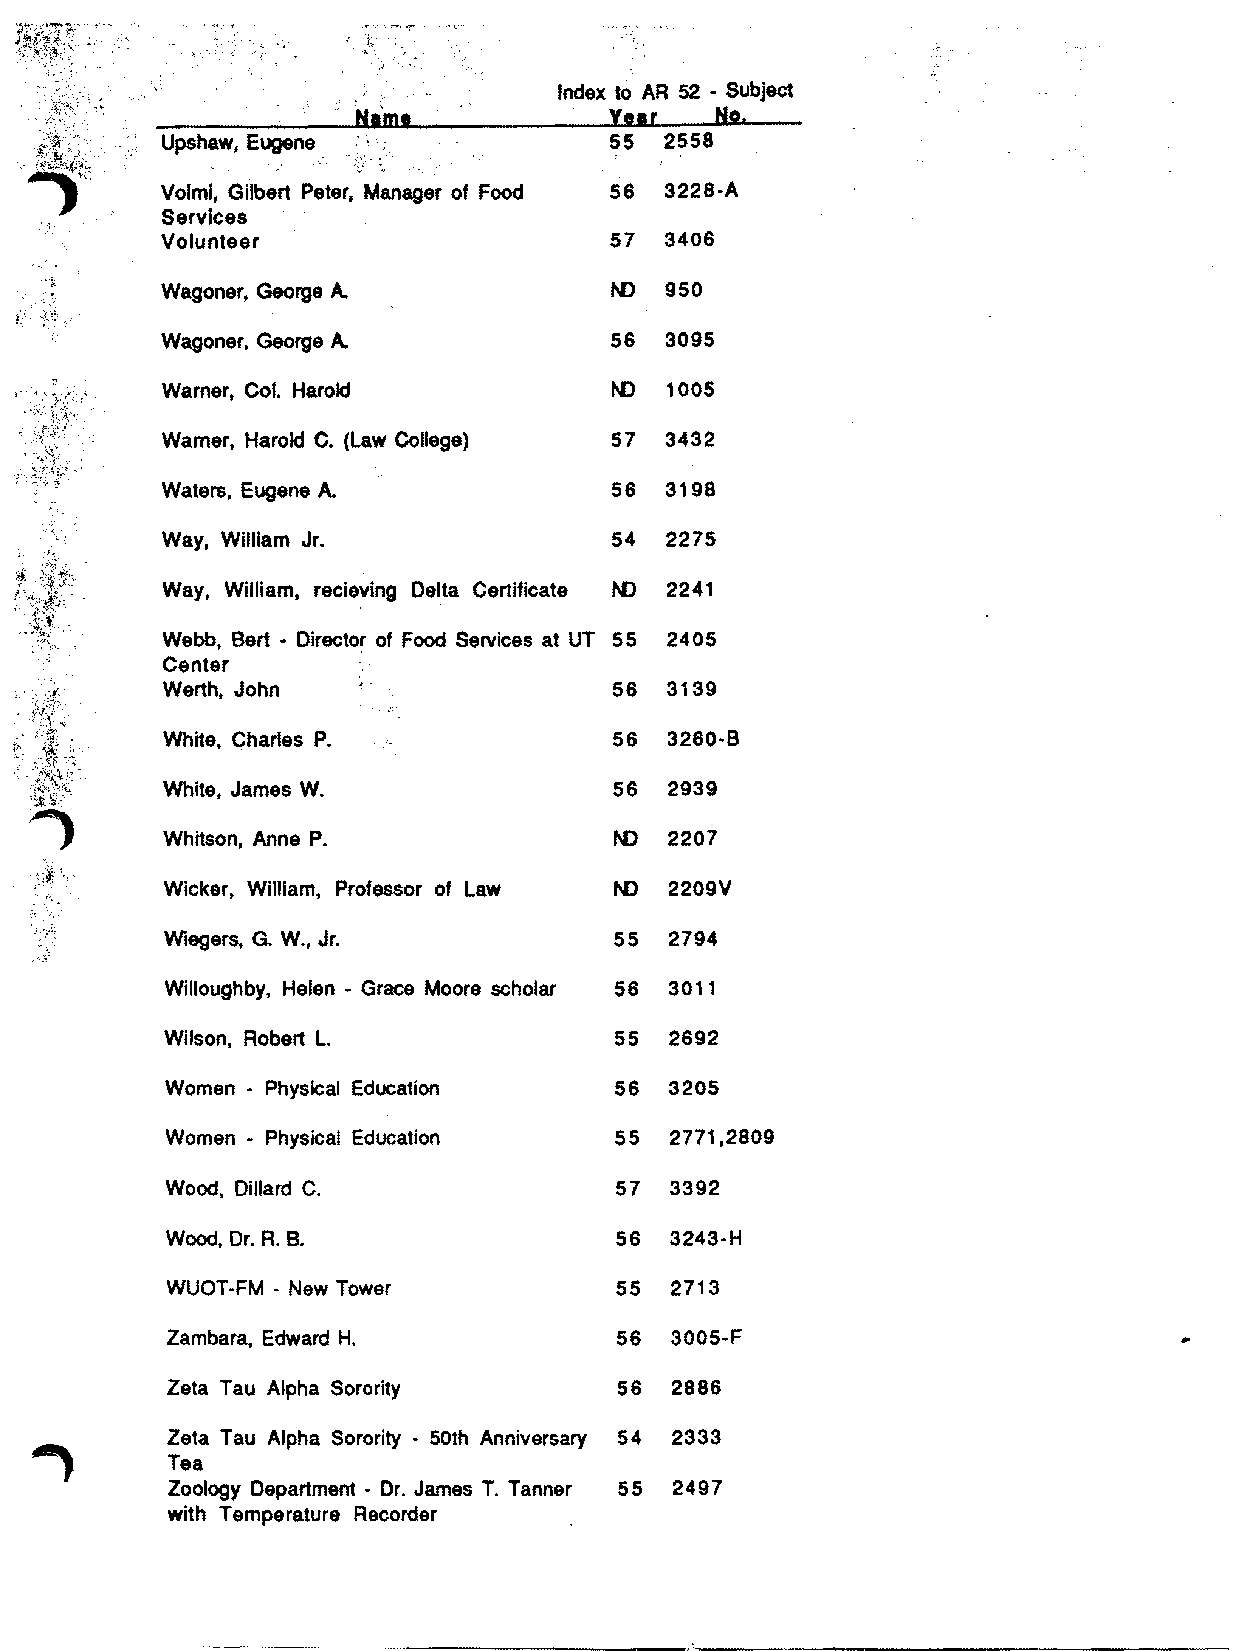
.. ~, .{ t,: ·' ~( ,,! '; ;       Index to AR 52 • Subject
 ~:!~~~~ ~           . Nlm'           y••r   No.
 " ~':~:'~
 Upshaw, Eugene               55  2558
 Volmi, Gilbert Peter, Manager of Food 58 3228-A
 Services
 Volunteer                    57  3408
 Wagoner, George A.           N)  950
 Wagoner, George A.           58  3095
 Warner, Col. Harold          N)  1005
 Wamer, Harold C. (Law College) 57 3432
 Waters. Eugene A.            58  3198
 Way, William Jr.             54  2275
 Way, William, recieving Delta Certificate N) 2241
 Webb, Bert • Director of Food Services at UT 55 2405
 Center
 Werth, John                   58 3139
 White, Charles P.             58 3280-8
 White, James W.               58 2939
 Whitson, Anne P.              N) 2207
 Wicker William, Professor of Law N) 2209V
 t
 Wiegers, G. W., Jr.           55 2794
 Willoughby, Helen - Grace Moore scholar 58 3011
 Wilson, Robert L.             55 2892
 Women - Physical Education    58 3205
 Women - Physical Education    55 2771,2809
 Wood, Dillard C.              57 3392
 Wood, Dr. R. B.               58 3243-H
 WUOT·FM· New Tower            55 2713
 Zambara, Edward H.            58 3005-F
 Zeta Tau Alpha Sorority       58 2888
 Zeta Tau Alpha Sorority - 50th Anniversary 54 2333
 Tea
 Zoology Department - Dr. James T. Tanner 55 2497
 with Temperature Recorder